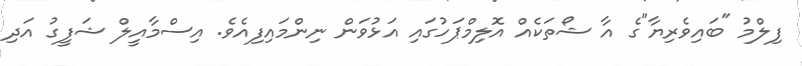
ފިލްމު "ބައިވެރިޔާ"ގެ އާ ޝޯތަކެއް އޮލިމްޕަހުގައި އަޅުވަން ނިންމައިފިއެވެ. އިސްމާއީލް ޝަފީގު އަދި